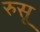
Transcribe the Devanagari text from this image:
रुसू